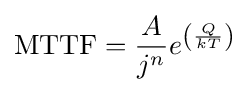
\mathrm {MTTF} ={\frac {A}{j^{n}}}e^{\left({\frac {Q}{kT}}\right)}